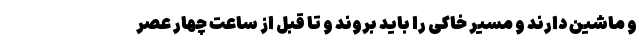
و ماشین دارند و مسیر خاکی را باید بروند و تا قبل از ساعت چهار عصر